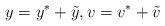
LaTeX: \begin{align*}y=y^*+\tilde{y}, v=v^*+\tilde{v} \end{align*}